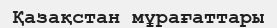
Қазақстан мұрағаттары